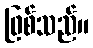
ဖြစ်သည်။